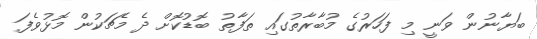
ބަޔާނުން ވަނީ މި ފަހަރުގެ މުބާރާތުގައި ތަފާތު ބޮޑުކޮށް ދެ މެޗަކުން މޮޅުވެފަ